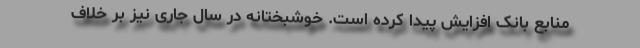
منابع بانک افزایش پیدا کرده است. خوشبختانه در سال جاری نیز بر خلاف